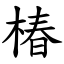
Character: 椿